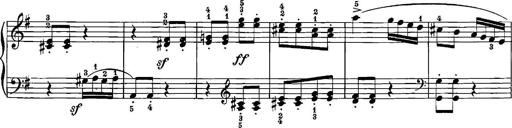
Title: 12 Sonatinas
Composer: Ignaz Pleyel